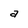
Character: a